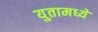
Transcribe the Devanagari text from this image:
युतामध्ये